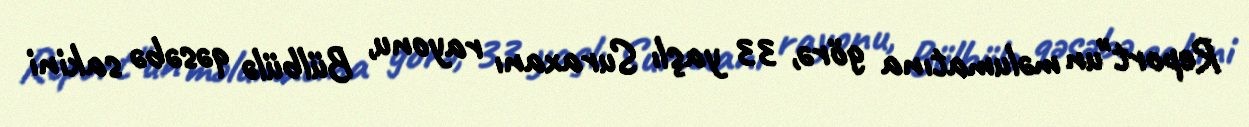
Report"un məlumatına görə, 33 yaşlı Suraxanı rayonu, Bülbülə qəsəbə sakini